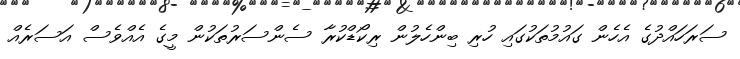
ސަރަހައްދުގެ އެހެން ގައުމުތަކުގައި ހުރި ބިންހެލުން ރިކޯޑްކުރާ ސެންސަރުތަކުން މީގެ އެއްވެސް އަސަރެއް